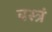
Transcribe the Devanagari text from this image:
वस्त्रं